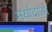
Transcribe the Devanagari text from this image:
मर्यादाआें